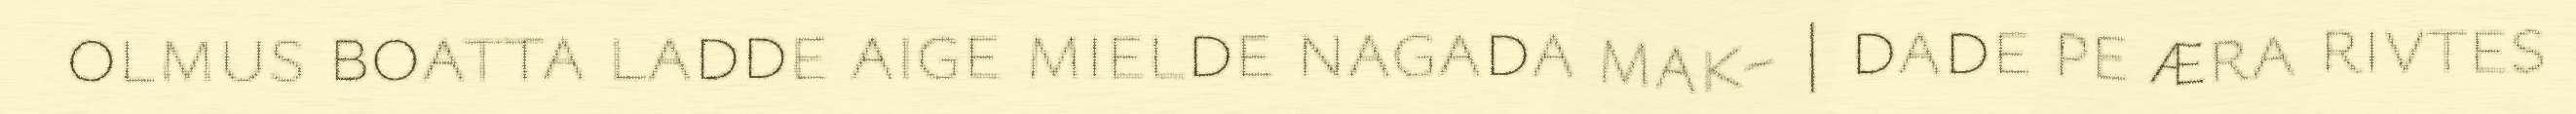
olmus boatta ladde aige mielde nagada mak- | dade pe æra rivtes